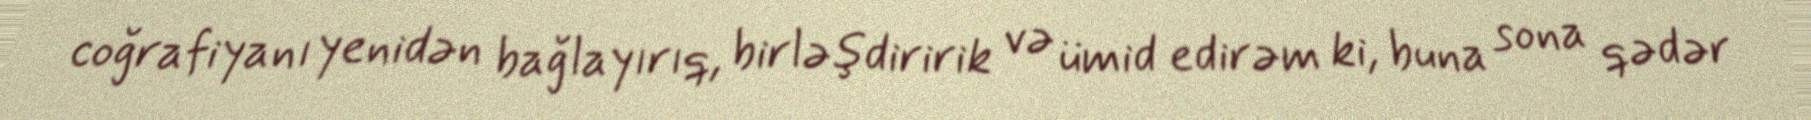
coğrafiyanı yenidən bağlayırıq, birləşdiririk və ümid edirəm ki, buna sona qədər